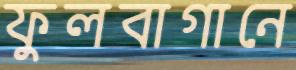
ফুলবাগানে